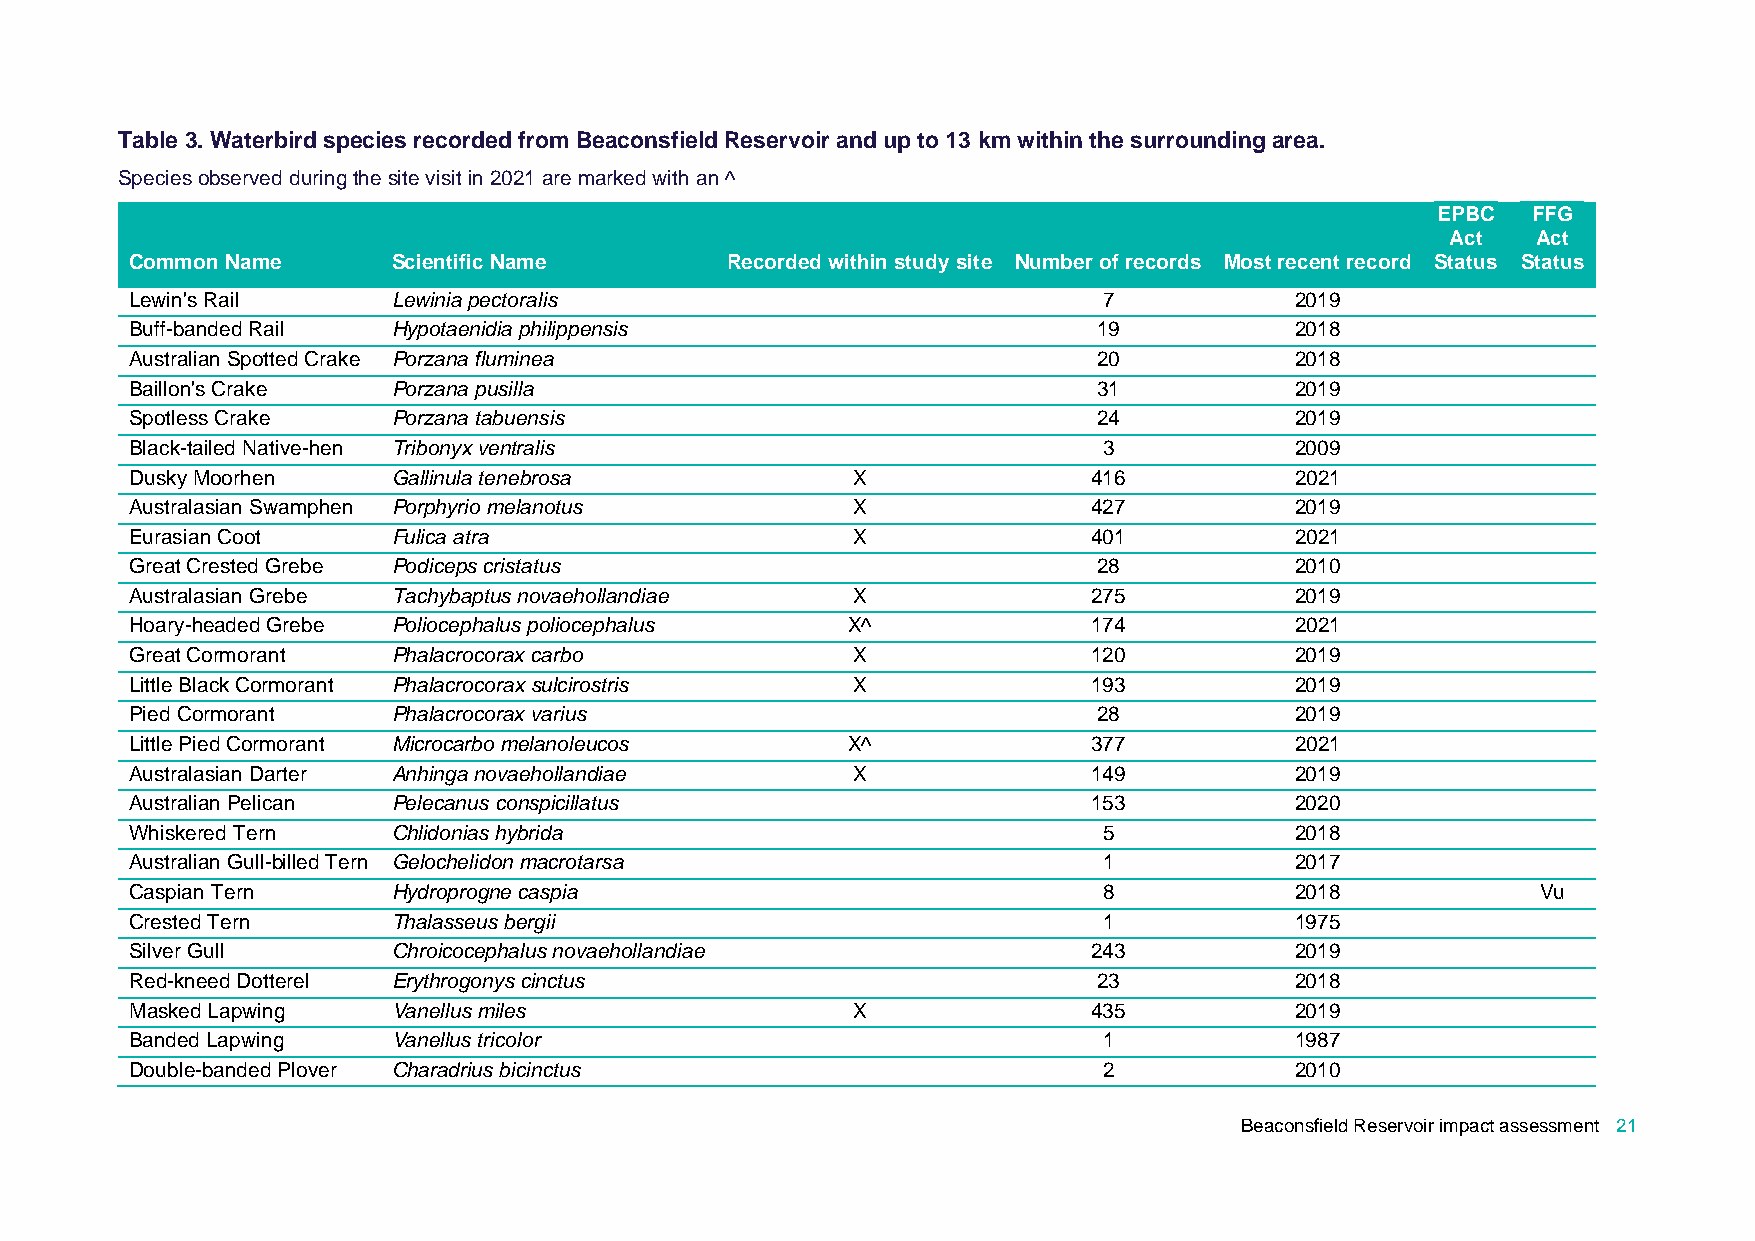
Table 3. Waterbird species recorded from Beaconsfield Reservoir and up to 13 km within the surrounding area.
 Species observed during the site visit in 2021 are marked with an ^
 EPBC  FFG
 Act   Act
 Common Name      Scientific Name       Recorded within study site Number of records Most recent record Status Status
 Lewin's Rail     Lewinia pectoralis                             7            2019
 Buff-banded Rail Hypotaenidia philippensis                      19           2018
 Australian Spotted Crake Porzana fluminea                       20           2018
 Baillon's Crake  Porzana pusilla                                31           2019
 Spotless Crake   Porzana tabuensis                              24           2019
 Black-tailed Native-hen Tribonyx ventralis                      3            2009
 Dusky Moorhen    Gallinula tenebrosa           X               416           2021
 Australasian Swamphen Porphyrio melanotus      X               427           2019
 Eurasian Coot    Fulica atra                   X               401           2021
 Great Crested Grebe Podiceps cristatus                          28           2010
 Australasian Grebe Tachybaptus novaehollandiae X               275           2019
 Hoary-headed Grebe Poliocephalus poliocephalus X^              174           2021
 Great Cormorant  Phalacrocorax carbo           X               120           2019
 Little Black Cormorant Phalacrocorax sulcirostris X            193           2019
 Pied Cormorant   Phalacrocorax varius                           28           2019
 Little Pied Cormorant Microcarbo melanoleucos  X^              377           2021
 Australasian Darter Anhinga novaehollandiae    X               149           2019
 Australian Pelican Pelecanus conspicillatus                    153           2020
 Whiskered Tern   Chlidonias hybrida                             5            2018
 Australian Gull-billed Tern Gelochelidon macrotarsa             1            2017
 Caspian Tern     Hydroprogne caspia                             8            2018            Vu
 Crested Tern     Thalasseus bergii                              1            1975
 Silver Gull      Chroicocephalus novaehollandiae               243           2019
 Red-kneed Dotterel Erythrogonys cinctus                         23           2018
 Masked Lapwing   Vanellus miles                X               435           2019
 Banded Lapwing   Vanellus tricolor                              1            1987
 Double-banded Plover Charadrius bicinctus                       2            2010
 Beaconsfield Reservoir impact assessment 21